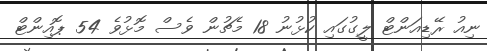
ނިއު ރޭޑިއަންޓް ލީގުގައި ކުޅުނު 18 މެޗުން ވެސް މޮޅުވެ 54 ޕޮއިންޓް